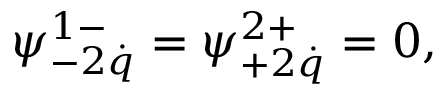
\psi _ { - 2 \dot { q } } ^ { 1 - } = \psi _ { + 2 \dot { q } } ^ { 2 + } = 0 ,